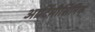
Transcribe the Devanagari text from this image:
आर्टिमीसिनिक